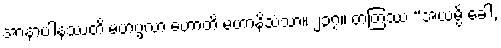
အာနာပါနဿတိ မဟပ္ဖလာ ဟောတိ မဟာနိသံသာ။ ၂၃၇။ တတြဿ “အယမ္ပိ ခေါ,